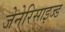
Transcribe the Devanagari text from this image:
जेनेरिसाइज्ड